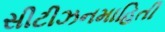
સીટીઝનમાહિતી